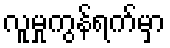
လူမှုကွန်ရက်မှာ